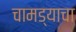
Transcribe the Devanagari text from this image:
चामड्याचा